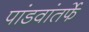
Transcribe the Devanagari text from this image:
पांडवांतर्फे